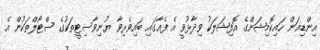
އިންޑިއަން ހައިކޮމިޝަންގެ އޮފިޝަލަކު ވިދާޅުވީ އެ ފެއާގައި ބައިވެރިވާ ޔުނިވާސިޓީތަކުގެ ސްޓޯލްތަކުން އެ